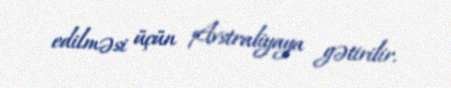
edilməsi üçün Avstraliyaya gətirilir.